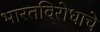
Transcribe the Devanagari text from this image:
भारतविरोधाचे